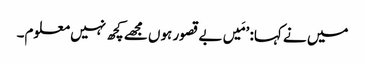
میں نے کہا: ’مَیں بے قصور ہوں مجھے کچھ نہیں معلوم۔